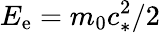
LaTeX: E_{\mathrm{e}}=m_{0}c_{*}^{2}/2